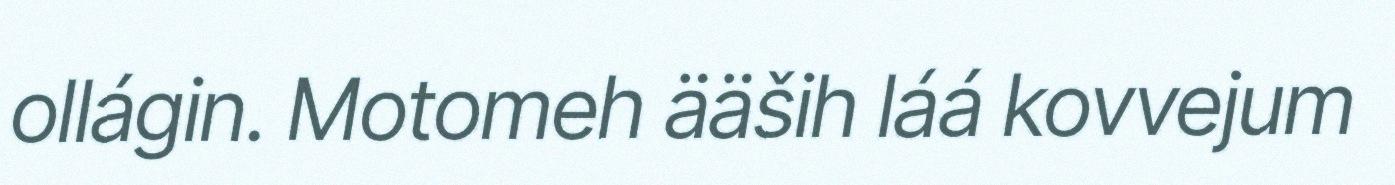
ollágin. Motomeh ääših láá kovvejum